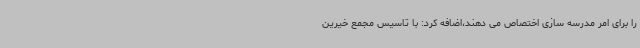
را برای امر مدرسه سازی اختصاص می دهند،اضافه کرد: با تاسیس مجمع خیرین